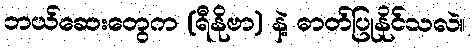
ဘယ်ဆေးတွေက (ရီနိုဗာ) နဲ့ ဓာတ်ပြုနိုင်သလဲ။